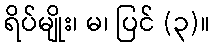
ရိပ်မျိုး၊ မ၊ ပြင် (၃)။